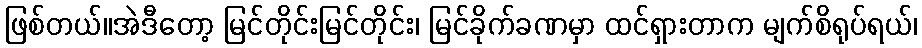
ဖြစ်တယ်။အဲဒီတော့ မြင်တိုင်းမြင်တိုင်း၊ မြင်ခိုက်ခဏမှာ ထင်ရှားတာက မျက်စိရုပ်ရယ်၊